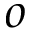
o